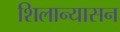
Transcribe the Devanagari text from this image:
शिलान्यासन